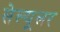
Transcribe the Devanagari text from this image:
सेल्‍यूलर